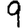
Digit: 9